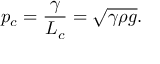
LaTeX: p _ { c } = { \frac { \gamma } { L _ { c } } } = { \sqrt { \gamma \rho g } } .